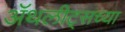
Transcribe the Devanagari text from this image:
ॲथलीट्सच्या